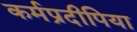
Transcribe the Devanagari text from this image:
कर्मप्रदीपिया